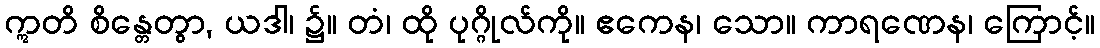
ဣတိ စိန္တေတွာ, ယဒါ၊ ၌။ တံ၊ ထို ပုဂ္ဂိုလ်ကို။ ဧကေန၊ သော။ ကာရဏေန၊ ကြောင့်။